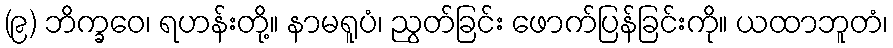
(၉) ဘိက္ခဝေ၊ ရဟန်းတို့။ နာမရူပံ၊ ညွတ်ခြင်း ဖောက်ပြန်ခြင်းကို။ ယထာဘူတံ၊